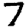
Digit: 7